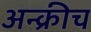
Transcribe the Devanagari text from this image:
अन्क्रीच